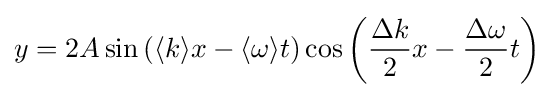
y=2A\sin \left(\langle k\rangle x-\langle \omega \rangle t\right)\cos \left({\frac {\Delta k}{2}}x-{\frac {\Delta \omega }{2}}t\right)\,\!